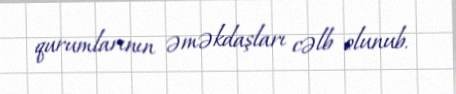
qurumlarının əməkdaşları cəlb olunub.